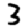
Digit: 3